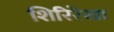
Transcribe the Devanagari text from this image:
शिरिरेखा